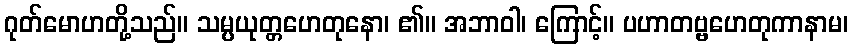
ဂုတ်မောဟတို့သည်။ သမ္ပယုတ္တဟေတုနော၊ ၏။ အဘာဝါ၊ ကြောင့်။ ပဟာတဗ္ဗဟေတုကာနာမ၊